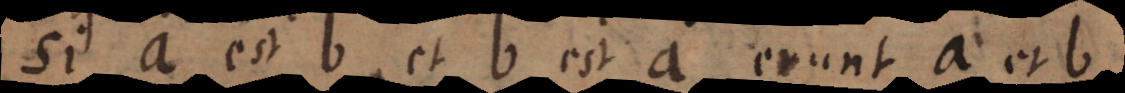
Si a est b et b est a erunt a et b